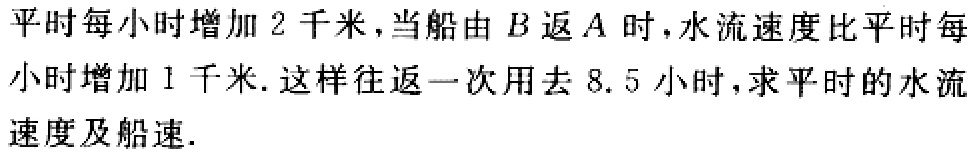
平时每小时增加2千米，当船由\(B\)返\(A\)时，水流速度比平时每小时增加1千米. 这样往返一次用去8.5小时，求平时的水流速度及船速.